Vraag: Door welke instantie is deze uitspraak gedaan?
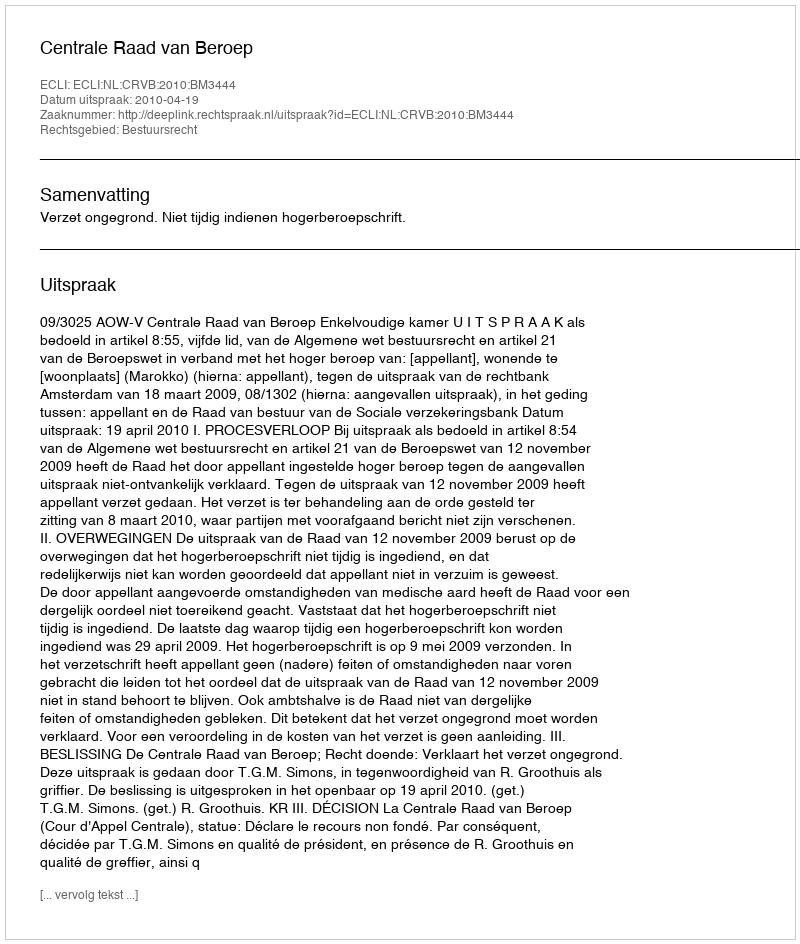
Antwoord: Centrale Raad van Beroep